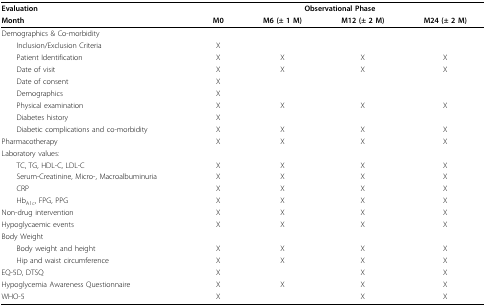
<table><thead><tr><td><b>Evaluation</b></td><td colspan="4"><b>Observational Phase</b></td></tr><tr><td><b>Month</b></td><td><b>M0</b></td><td><b>M6 (± 1 M)</b></td><td><b>M12 (± 2 M)</b></td><td><b>M24 (± 2 M)</b></td></tr></thead><tbody><tr><td>Demographics &amp; Co-morbidity</td><td></td><td></td><td></td><td></td></tr><tr><td> Inclusion/Exclusion Criteria</td><td>X</td><td></td><td></td><td></td></tr><tr><td> Patient Identification</td><td>X</td><td>X</td><td>X</td><td>X</td></tr><tr><td> Date of visit</td><td>X</td><td>X</td><td>X</td><td>X</td></tr><tr><td> Date of consent</td><td>X</td><td></td><td></td><td></td></tr><tr><td> Demographics</td><td>X</td><td></td><td></td><td></td></tr><tr><td> Physical examination</td><td>X</td><td>X</td><td>X</td><td>X</td></tr><tr><td> Diabetes history</td><td>X</td><td></td><td></td><td></td></tr><tr><td> Diabetic complications and co-morbidity</td><td>X</td><td>X</td><td>X</td><td>X</td></tr><tr><td>Pharmacotherapy</td><td>X</td><td>X</td><td>X</td><td>X</td></tr><tr><td>Laboratory values:</td><td></td><td></td><td></td><td></td></tr><tr><td> TC, TG, HDL-C, LDL-C</td><td>X</td><td>X</td><td>X</td><td>X</td></tr><tr><td> Serum-Creatinine, Micro-, Macroalbuminuria</td><td>X</td><td>X</td><td>X</td><td>X</td></tr><tr><td> CRP</td><td>X</td><td>X</td><td>X</td><td>X</td></tr><tr><td> Hb<sub>A1c</sub>, FPG, PPG</td><td>X</td><td>X</td><td>X</td><td>X</td></tr><tr><td>Non-drug intervention</td><td>X</td><td>X</td><td>X</td><td>X</td></tr><tr><td>Hypoglycaemic events</td><td>X</td><td>X</td><td>X</td><td>X</td></tr><tr><td>Body Weight</td><td></td><td></td><td></td><td></td></tr><tr><td> Body weight and height</td><td>X</td><td>X</td><td>X</td><td>X</td></tr><tr><td> Hip and waist circumference</td><td>X</td><td>X</td><td>X</td><td>X</td></tr><tr><td>EQ-5D, DTSQ</td><td>X</td><td></td><td>X</td><td>X</td></tr><tr><td>Hypoglycemia Awareness Questionnaire</td><td>X</td><td>X</td><td>X</td><td>X</td></tr><tr><td>WHO-5</td><td>X</td><td></td><td>X</td><td>X</td></tr></tbody></table>